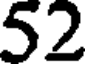
52